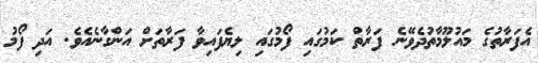
އެފަރާތުގެ މައުލޫމާތުދެވޭނެ ފަރާތް ކަމުގައި ފޯމުގައި ލިޔެފައިވާ ފަރާތަށް އަންގާނެއެވެ. އަދި ފޯމު